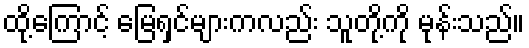
ထို့ကြောင့် မြေရှင်များကလည်း သူတို့ကို မုန်းသည်။